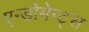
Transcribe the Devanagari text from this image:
एन्डोमेन्ट्‌स